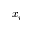
x _ { i }